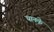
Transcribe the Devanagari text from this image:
यानके